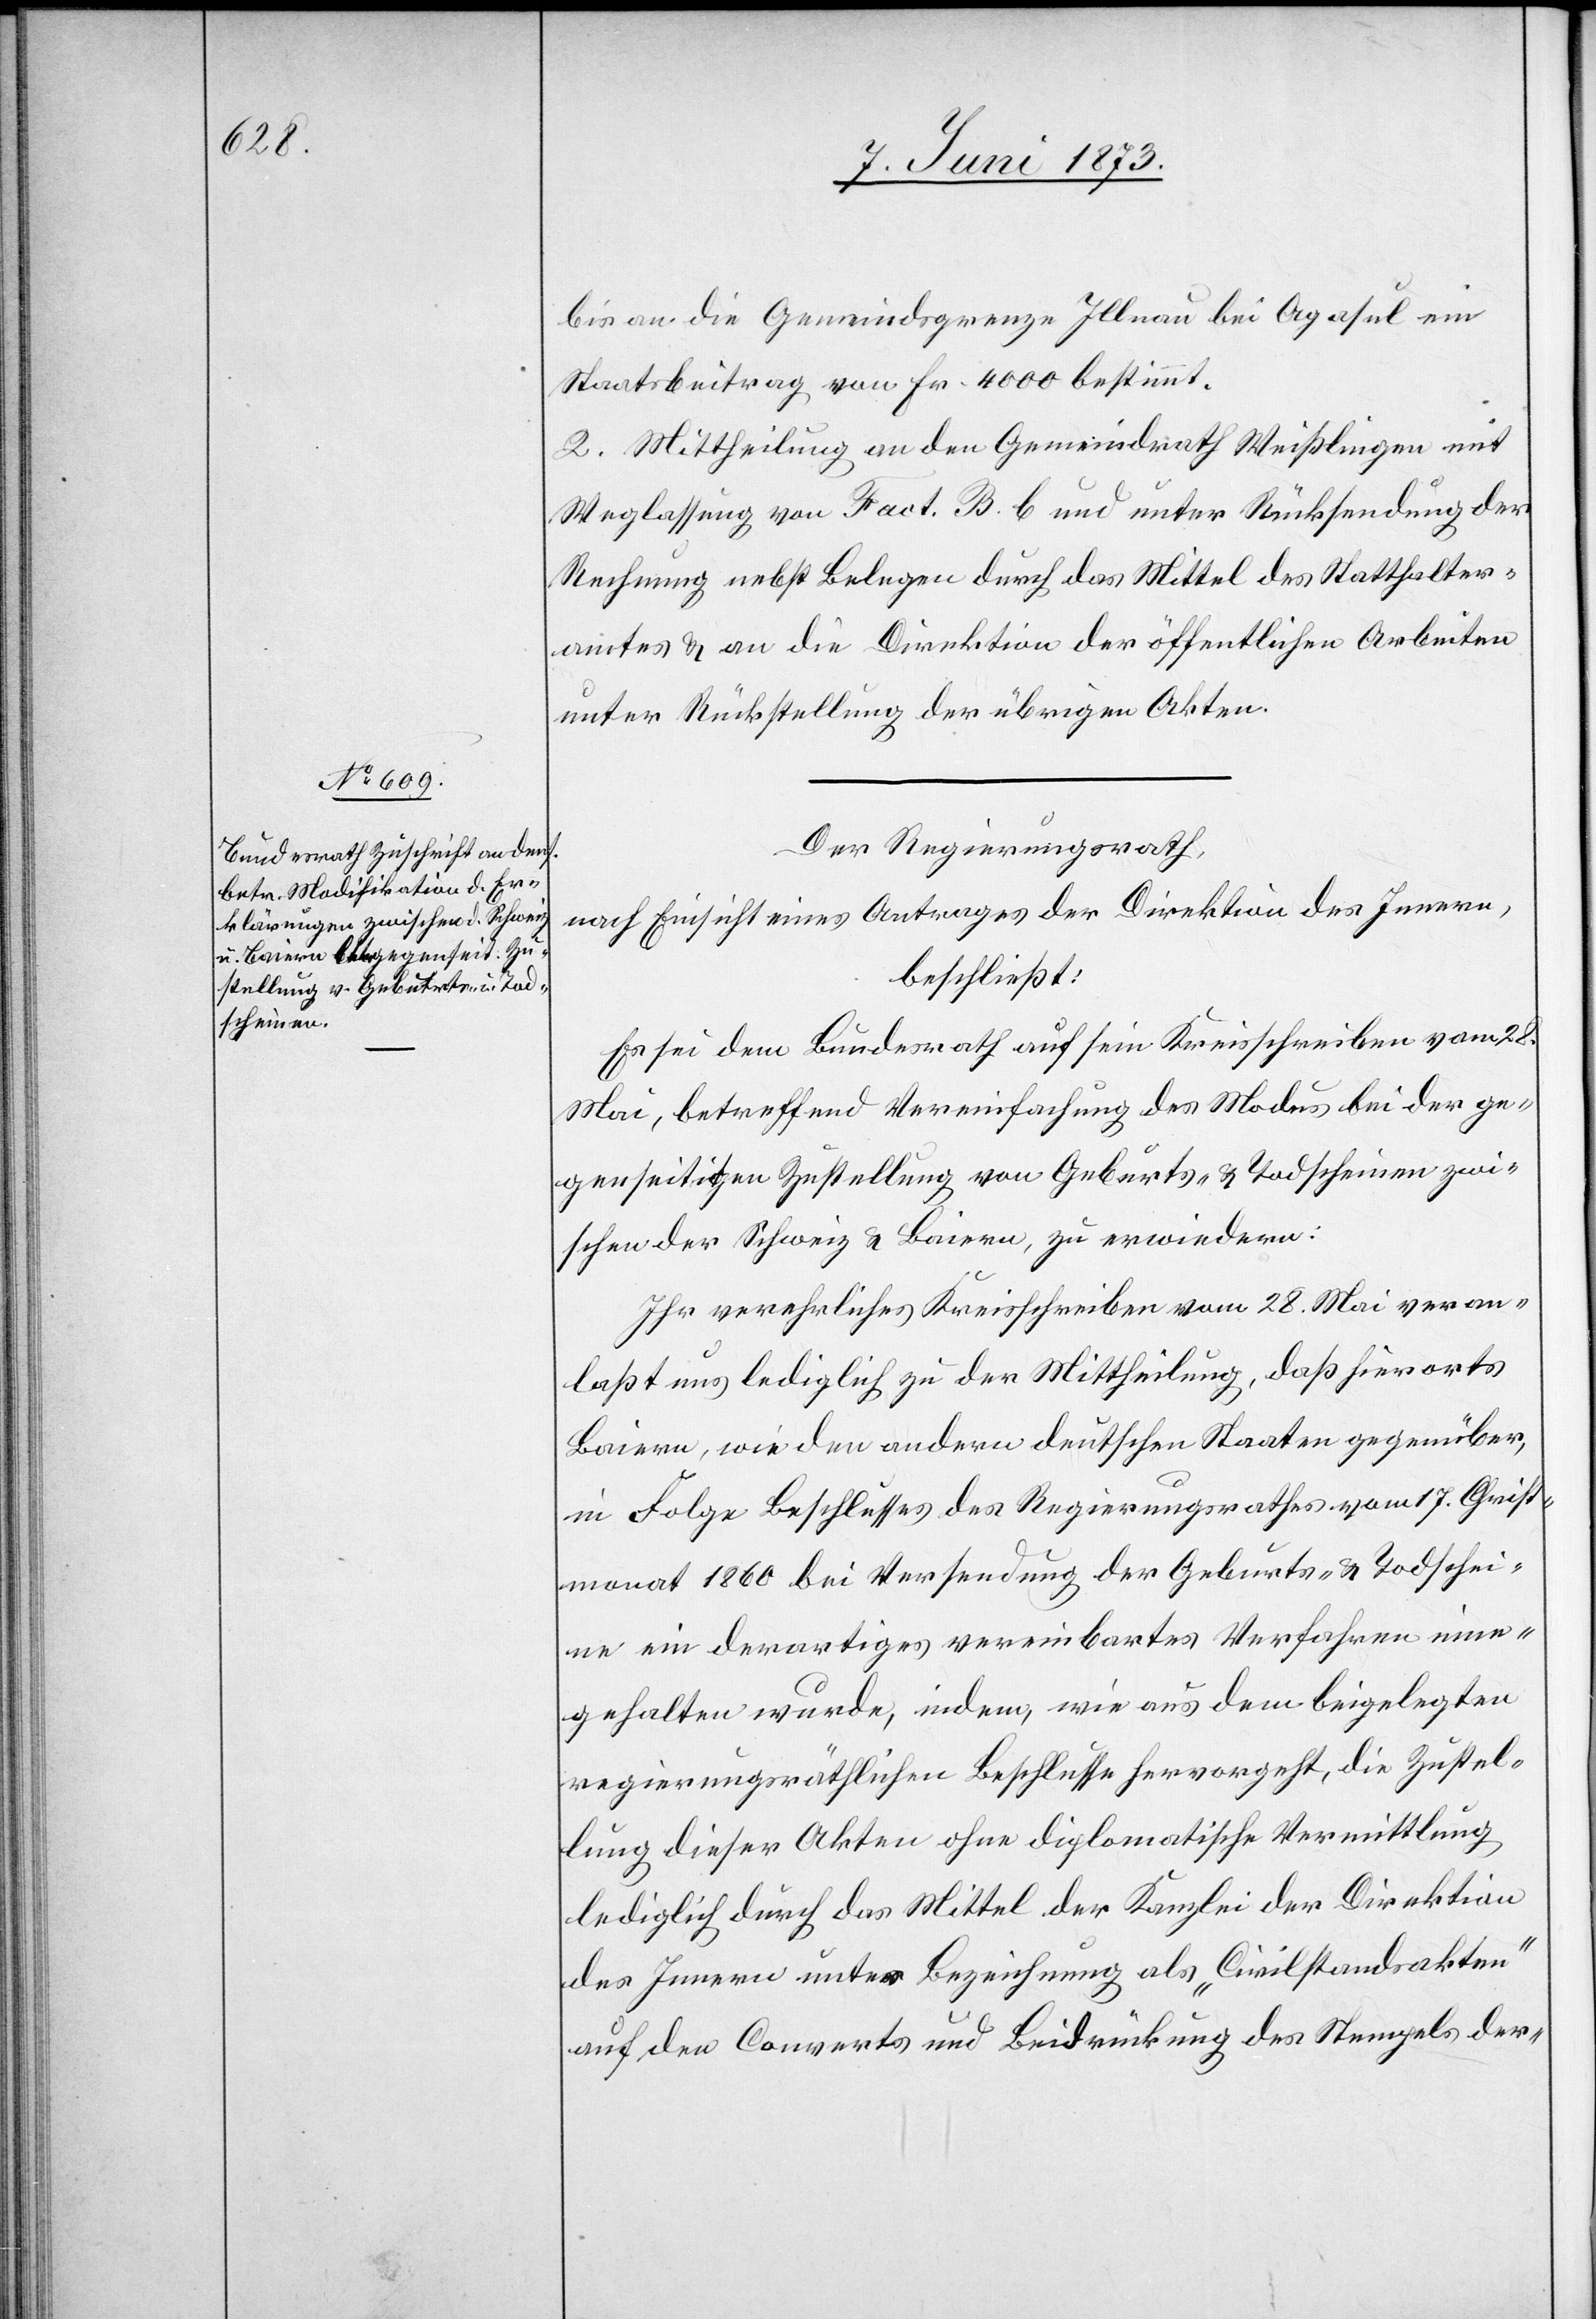
bis an die Gemeindsgrenze Illnau bei Agasul ein
Staatsbeitrag von Fr. 4 000 bestimmt.
2. Mittheilung an den Gemeindrath Weißlingen mit
Weglassung von Fact. B. b und unter Rücksendung der
Rechnung nebst Belegen durch das Mittel des Statthalter¬
amtes & an die Direktion der öffentlichen Arbeiten
unter Rückstellung der übrigen Akten.
Der Regierungsrath,
nach Einsicht eines Antrages der Direktion des Innern,
beschließt:
Es sei dem Bundesrath auf sein Kreisschreiben vom 28.
Mai, betreffend Vereinfachung des Modus bei der ge¬
genseitigen Zustellung von Geburts- & Todscheinen zwi¬
schen der Schweiz & Baiern, zu erwiedern:
Ihr verehrliches Kreisschreiben vom 28. Mai veran¬
laßt uns lediglich zu der Mittheilung, daß hierorts
Baiern, wie den andern deutschen Staaten gegenüber,
in Folge Beschlusses des Regierungsrathes vom 17. Christ¬
monat 1860 bei Versendung der Geburts- & Todschei¬
ne ein derartiges vereinbartes Verfahren eine¬
gehalten [sic!] wurde, indem, wie aus dem beigelegten
regierungsräthlichen Beschlusse hervorgeht, die Zustel¬
lung dieser Akten ohne diplomatische Vermittlung
lediglich durch das Mittel der Kanzlei der Direktion
des Innern unter Bezeichnung als „Civilstandsakten“
auf den Couverts und Beidrückung des Stempels der-